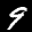
Label: 9